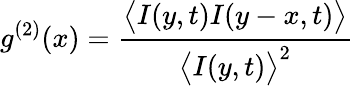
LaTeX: g^{(2)}(x)=\frac{\bigl\langle I(y,t)I(y-x,t)\bigr\rangle}{\bigl\langle I(y,t)\bigr\rangle^{2}}